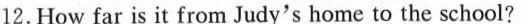
12.How far is it from Judy's home to the school?